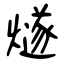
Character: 燧